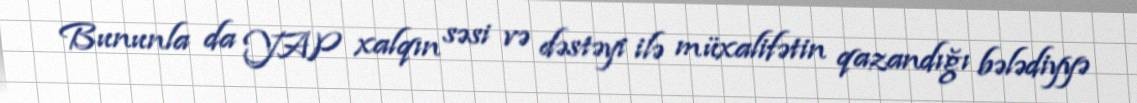
Bununla da YAP xalqın səsi və dəstəyi ilə müxalifətin qazandığı bələdiyyə